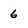
Character: 6